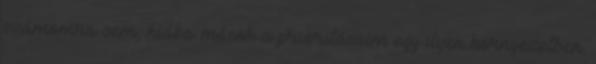
számomra sem, hiába mások a prioritásaim egy ilyen környezetben.